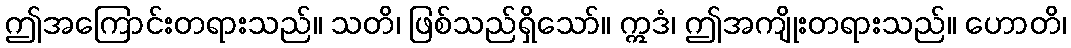
ဤအကြောင်းတရားသည်။ သတိ၊ ဖြစ်သည်ရှိသော်။ ဣဒံ၊ ဤအကျိုးတရားသည်။ ဟောတိ၊